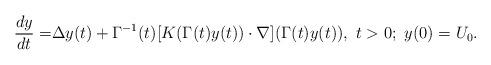
LaTeX: \begin{align*}\begin{aligned}\frac{d y}{dt}=&\Delta y(t)+\Gamma^{-1}(t)[K(\Gamma(t)y(t))\cdot \nabla](\Gamma(t)y(t)),\ t>0;\ y(0)=U_0.\end{aligned}\end{align*}